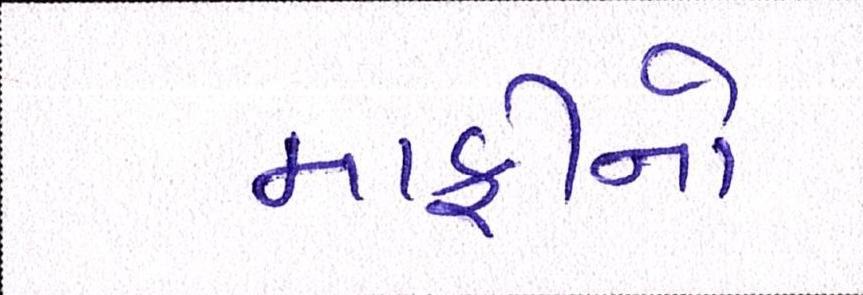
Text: માફીનો